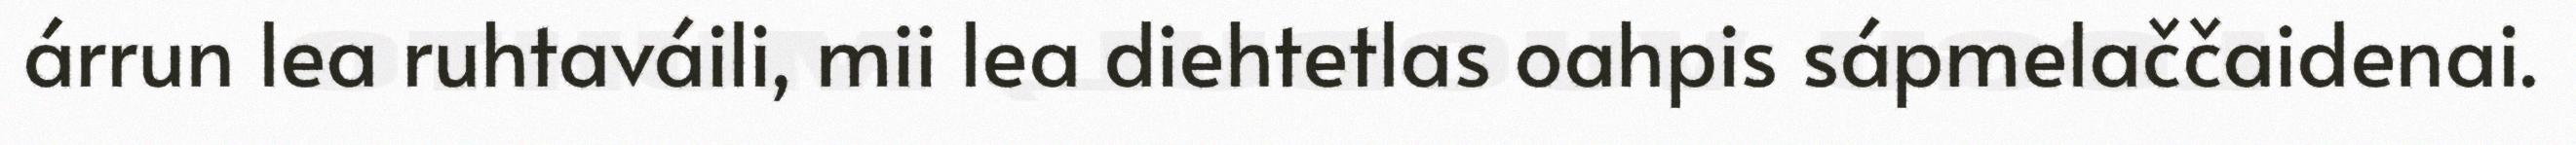
árrun lea ruhtaváili, mii lea diehtetlas oahpis sápmelaččaidenai.